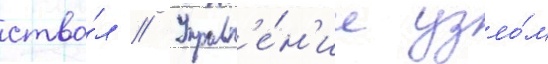
ство́л // Управл'е́н'ие узло́м